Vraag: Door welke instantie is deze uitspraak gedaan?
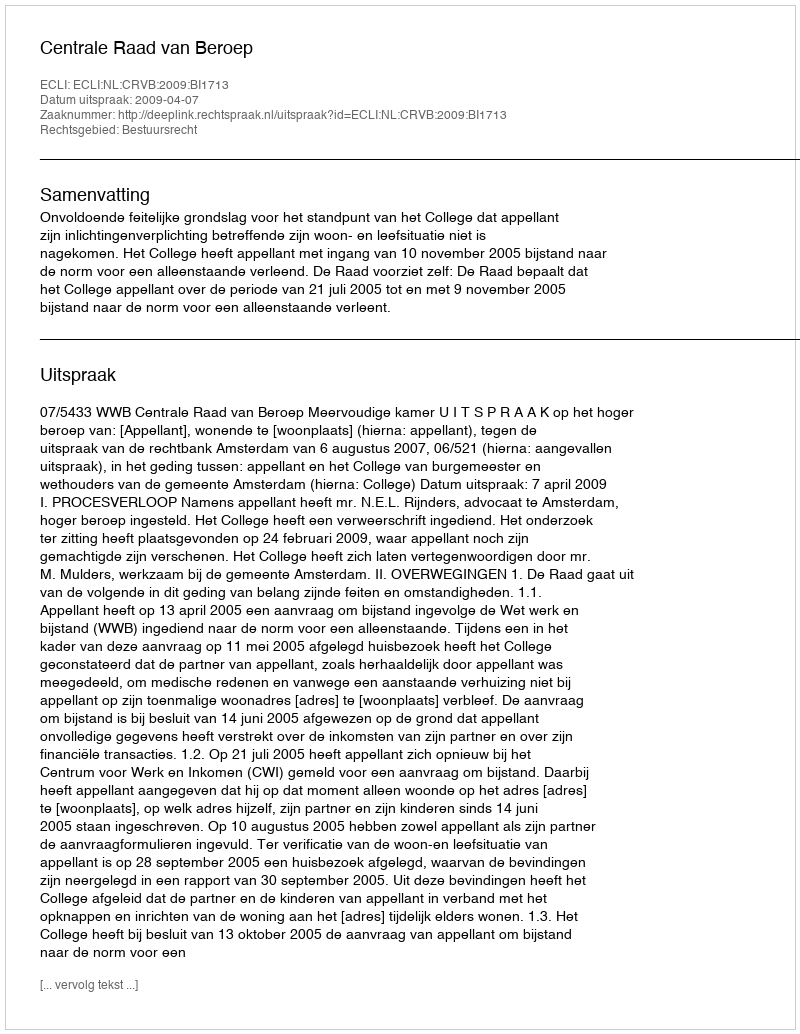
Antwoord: Centrale Raad van Beroep